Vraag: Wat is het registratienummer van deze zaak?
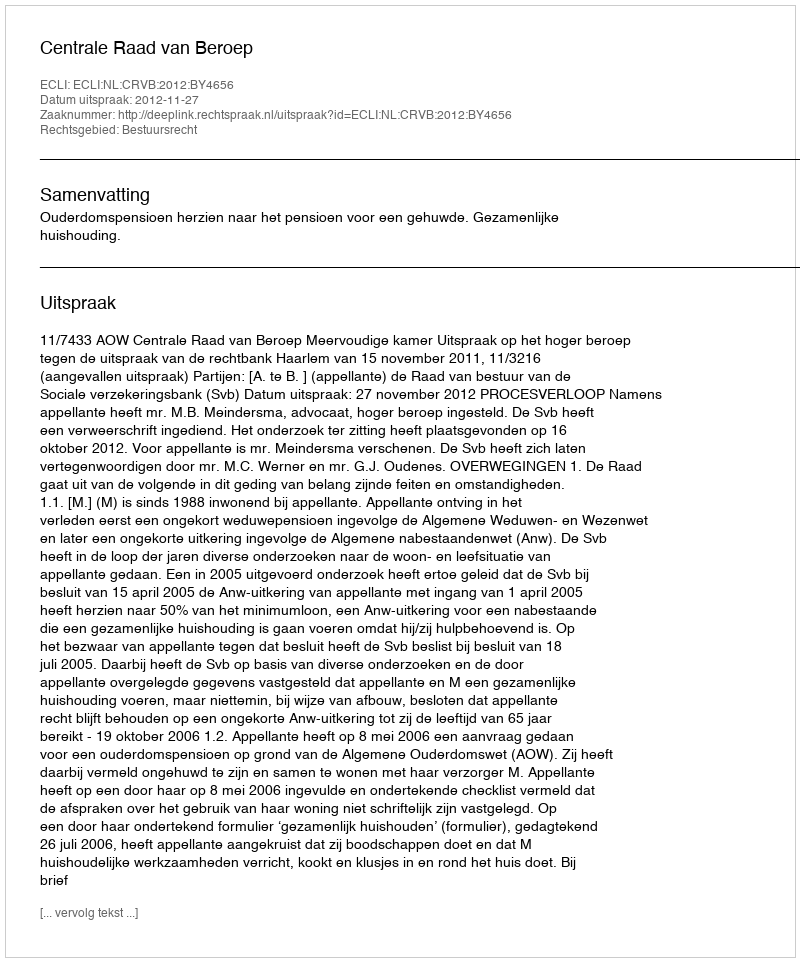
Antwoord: http://deeplink.rechtspraak.nl/uitspraak?id=ECLI:NL:CRVB:2012:BY4656